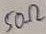
Text: 50Ω